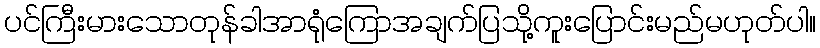
ပင်ကြီးမားသောတုန်ခါအာရုံကြောအချက်ပြသို့ကူးပြောင်းမည်မဟုတ်ပါ။